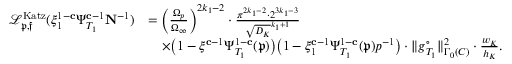
\begin{array} { r l } { { \mathcal L } _ { \mathfrak { p } , \mathfrak { f } } ^ { \mathrm { K a t z } } ( \xi _ { 1 } ^ { 1 - \mathbf { c } } \Psi _ { T _ { 1 } } ^ { \mathbf { c } - 1 } \mathbf { N } ^ { - 1 } ) } & { = \biggl ( \frac { \Omega _ { p } } { \Omega _ { \infty } } \biggr ) ^ { 2 k _ { 1 } - 2 } \cdot \frac { \pi ^ { 2 k _ { 1 } - 2 } \cdot 2 ^ { 3 k _ { 1 } - 3 } } { \sqrt { D _ { K } } ^ { k _ { 1 } + 1 } } } \\ & { \quad \times \bigl ( 1 - \xi ^ { \mathbf { c } - 1 } \Psi _ { T _ { 1 } } ^ { 1 - \mathbf { c } } ( \mathfrak { p } ) \bigr ) \bigl ( 1 - \xi _ { 1 } ^ { \mathbf { c } - 1 } \Psi _ { T _ { 1 } } ^ { 1 - \mathbf { c } } ( \mathfrak { p } ) p ^ { - 1 } \bigr ) \cdot \Vert { \boldsymbol { g } } _ { T _ { 1 } } ^ { \circ } \Vert _ { \Gamma _ { 0 } ( C ) } ^ { 2 } \cdot \frac { w _ { K } } { h _ { K } } . } \end{array}